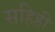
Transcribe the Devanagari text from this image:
सहिही